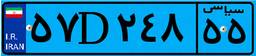
۵۷D۲۴۸۵۵